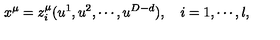
x ^ { \mu } = z _ { i } ^ { \mu } ( u ^ { 1 } , u ^ { 2 } , \cdots , u ^ { D - d } ) , \quad i = 1 , \cdots , l ,